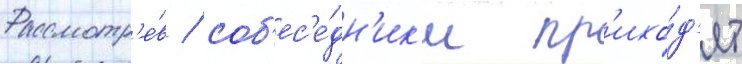
Рассмотр'е́в / соб'ес'е́дн'ик'и пр'ихо́д'ят